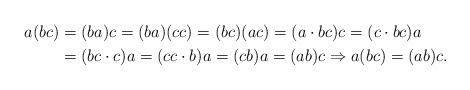
\begin{align*}a(bc) & =(ba)c=(ba)(cc)=(bc)(ac)=(a\cdot bc)c=(c\cdot bc)a\\ & =(bc\cdot c)a=(cc\cdot b)a=(cb)a=(ab)c\Rightarrow a(bc)=(ab)c.\end{align*}